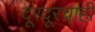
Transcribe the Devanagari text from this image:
दूरदूरचाही